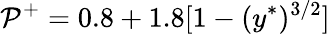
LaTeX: \mathcal{P}^{+}=0.8+1.8[1-(y^{\ast})^{3/2}]